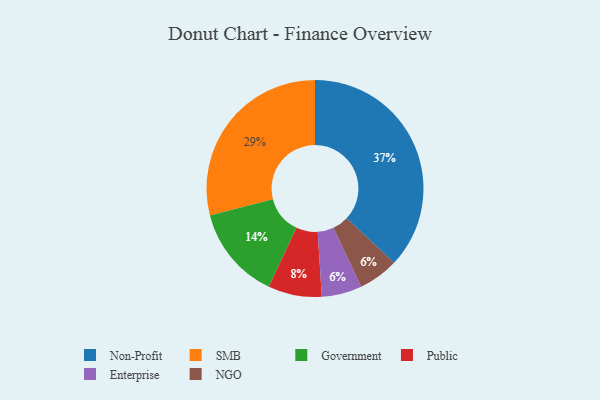
{"axis": {"x": "Category", "y": "Percentage"}, "legend": ["Enterprise", "Government", "NGO", "Non-Profit", "Public", "SMB"], "data": [{"x": "Non-Profit", "y": 37, "type": "Non-Profit"}, {"x": "Enterprise", "y": 6, "type": "Enterprise"}, {"x": "Public", "y": 8, "type": "Public"}, {"x": "Government", "y": 14, "type": "Government"}, {"x": "SMB", "y": 29, "type": "SMB"}, {"x": "NGO", "y": 6, "type": "NGO"}]}